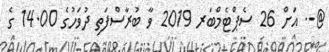
@.. އަށް 26 ސެޕްޓެމްބަރ 2019 ވާ ބުރާސްފަތި ދުވަހުގެ 14.00 ގެ